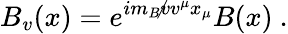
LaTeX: B_{v}(x)=e^{im_{B}{\not v}v^{\mu}x_{\mu}}B(x)\ .